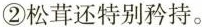
②松茸还特别矜持。